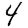
Digit: 4